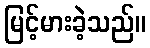
မြင့်မားခဲ့သည်။